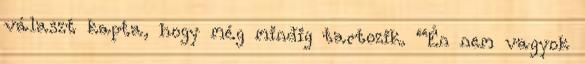
választ kapta, hogy még mindig tartozik. “Én nem vagyok